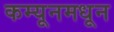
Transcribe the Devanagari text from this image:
कम्यूनमधून